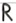
Text: R